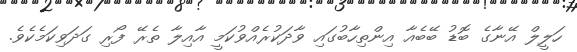
ހަލީލް އޭނާގެ ބޮޑު ބޭބެއާ އިންތިހާބުގައި ވާދަކުރެއްވުކަމީ އާއިލާ ތެރޭ ފޯރި ގަދަވިކަމެކެވެ.